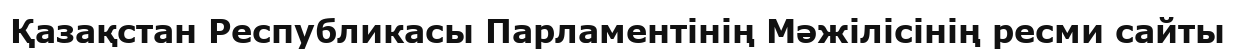
Қазақстан Республикасы Парламентінің Мәжілісінің ресми сайты